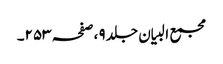
مجمع البیان جلد ٩ ،صفحہ ٢٥٣۔